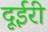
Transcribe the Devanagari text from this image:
दूईरी